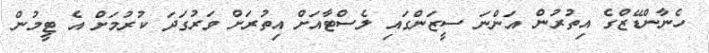
ހެނާންޑޭޒްގެ އިތުރުން އަންނަ ސީޒަންގައި ލެސްޓާއަށް އިތުރަށް ވަރުގަދަ ކުރުމަށް އެ ޓީމުން